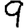
Digit: 9